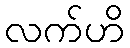
လက်ဟိ